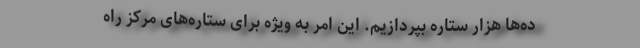
ده‌ها هزار ستاره بپردازیم. این امر به ویژه برای ستاره‌های مرکز راه